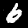
Digit: 6